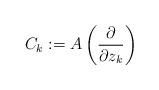
LaTeX: \begin{align*}C_k := A\left(\frac{\partial}{\partial z_k}\right) \end{align*}